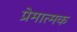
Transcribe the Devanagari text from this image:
प्रेमात्मक